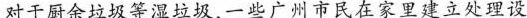
对于厨余垃圾等湿垃圾，一些广州市民在家里建立处理设